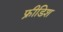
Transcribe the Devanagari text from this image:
फ्रीडिश